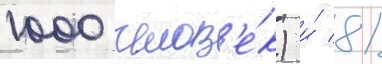
1000 челов'е́к) и́ 81